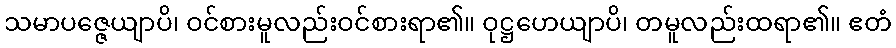
သမာပဇ္ဇေယျာပိ၊ ဝင်စားမူလည်းဝင်စားရာ၏။ ဝုဋ္ဌဟေယျာပိ၊ တမူလည်းထရာ၏။ ဧတံ